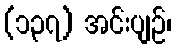
(၁၃၇) အင်းပျဉ်၊